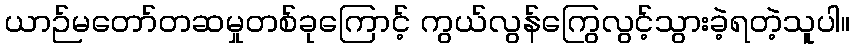
ယာဉ်မတော်တဆမှုတစ်ခုကြောင့် ကွယ်လွန်ကြွေလွင့်သွားခဲ့ရတဲ့သူပါ။